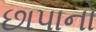
છાપાનો